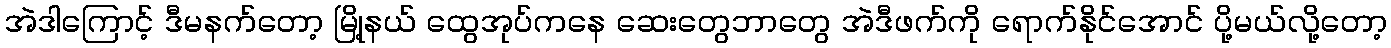
အဲဒါကြောင့် ဒီမနက်တော့ မြို့နယ် ထွေအုပ်ကနေ ဆေးတွေဘာတွေ အဲဒီဖက်ကို ရောက်နိုင်အောင် ပို့မယ်လို့တော့